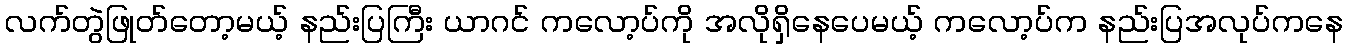
လက်တွဲဖြုတ်တော့မယ့် နည်းပြကြီး ယာဂင် ကလော့ပ်ကို အလိုရှိနေပေမယ့် ကလော့ပ်က နည်းပြအလုပ်ကနေ